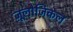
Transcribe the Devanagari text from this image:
ज़ूलोज़िकल